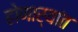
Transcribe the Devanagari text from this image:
होणार्‍यांत